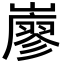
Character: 𡽦